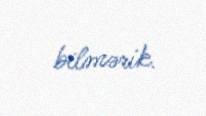
bilmərik.